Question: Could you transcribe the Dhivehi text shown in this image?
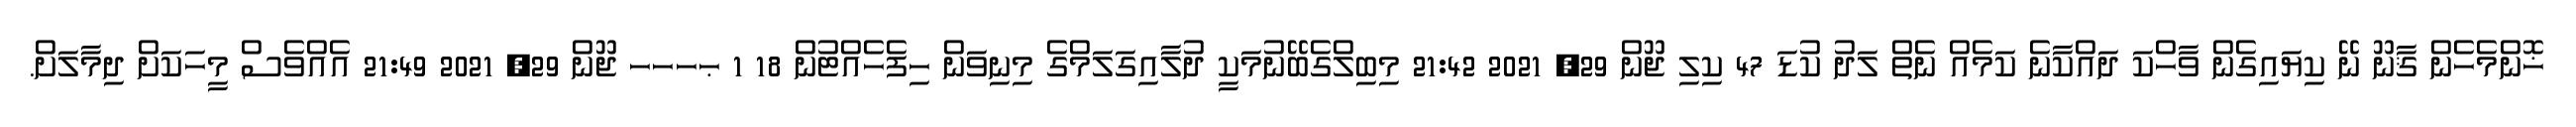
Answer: ޚޮންމެހެން ޤާނޫ ނޭ ކިޔައިގެން ވާހްކަ ދައްކާނެ ކަމެއް ނެތް ލަދު ކުޑަ 47 ކިލި ޖޫން 29, 2021 21:42 މިބިލްގެބޭނުމަކީ ދުލާއިގަލަމްގެ މިނިވަން ހިފެހެއްޓުން 18 1 ޙހހހ ޖޫން 29, 2021 21:49 އެއްވެސް މީހަކަށް ދިމާލަށް.